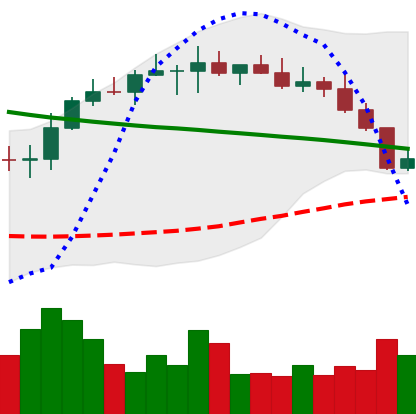
Ticker: BNB-USD
Chart end date: 2022-08-20
Forward return: 6.306%
Label: up_5_7